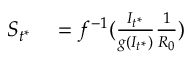
\begin{array} { r l } { S _ { t ^ { * } } } & { { } = f ^ { - 1 } ( \frac { I _ { t ^ { * } } } { g ( I _ { t ^ { * } } ) } \frac { 1 } { R _ { 0 } } ) } \end{array}